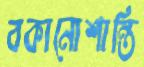
বকানোশান্তি